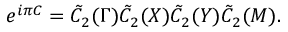
e ^ { i \pi C } = \Tilde { C } _ { 2 } ( \Gamma ) \Tilde { C } _ { 2 } ( X ) \Tilde { C } _ { 2 } ( Y ) \Tilde { C } _ { 2 } ( M ) .